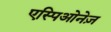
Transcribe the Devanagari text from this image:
एस्पिओनेज़